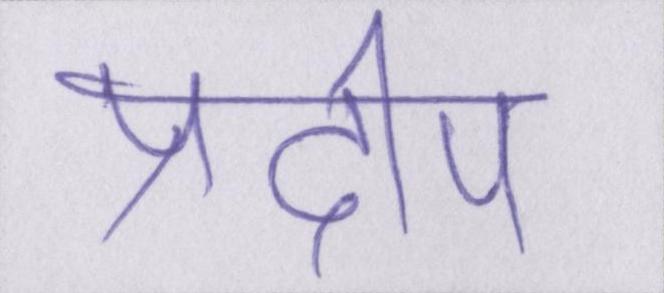
प्रदीप